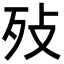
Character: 𣧏